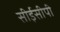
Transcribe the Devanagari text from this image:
सीईसीपी